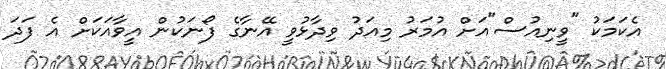
އެކަމަކު "ވީނިއުސް"އަށް އުމަރު މިއަދު ވިދާޅުވީ އޭނާގެ ފޯނަކުން އީވާއަކަށް އެ ފަދަ